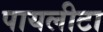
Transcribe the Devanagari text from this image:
पायलीटा